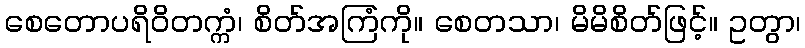
စေတောပရိဝိတက္ကံ၊ စိတ်အကြံကို။ စေတသာ၊ မိမိစိတ်ဖြင့်။ ဥတွာ၊